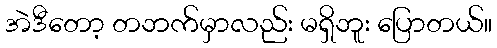
အဲဒီတော့ တဘက်မှာလည်း မရှိဘူး ပြောတယ်။